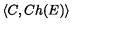
\langle C , C h ( E ) \rangle